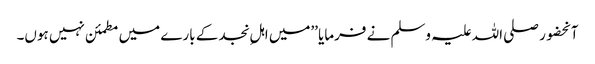
آنحضور صلی اللہ علیہ وسلم نے فرمایا ’’میں اہلِ نجد کے بارے میں مطمئن نہیں ہوں۔